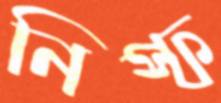
নিস্ফ